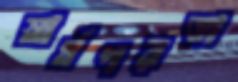
স্বার্থপরতা